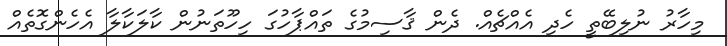
މިހާރު ނުލިބޭތީ ހެދި އެއްޗެއް. ދެން ޤާސިމުގެ ތައްޕާހުގަ ހިހޫތަނުން ކާލަކާލާ އެހެންގޮތެއް